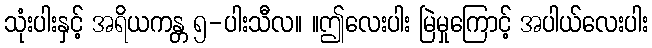
သုံးပါးနှင့် အရိယကန္တ ၅-ပါးသီလ။ ။ဤလေးပါး မြဲမှုကြောင့် အပါယ်လေးပါး